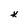
Character: k